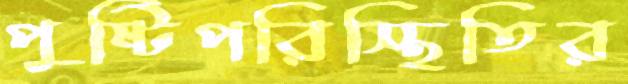
পুষ্টিপরিস্থিতির